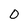
Character: 0